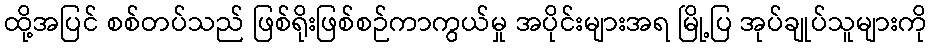
ထို့အပြင် စစ်တပ်သည် ဖြစ်ရိုးဖြစ်စဉ်ကာကွယ်မှု အပိုင်းများအရ မြို့ပြ အုပ်ချုပ်သူများကို